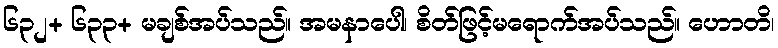
၆၃၂+ ၆၃၃+ မချစ်အပ်သည်။ အမနာပေါ၊ စိတ်ဖြင့်မရောက်အပ်သည်။ ဟောတိ၊